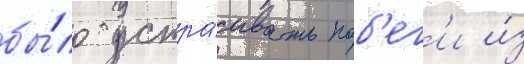
бы́ло устра́ивать поб'ег'и и́з